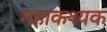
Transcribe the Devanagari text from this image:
महाकश्यक